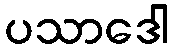
ပသာဒေါ